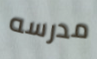
مدرسه